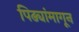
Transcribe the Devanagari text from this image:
पिढ्यांमागून